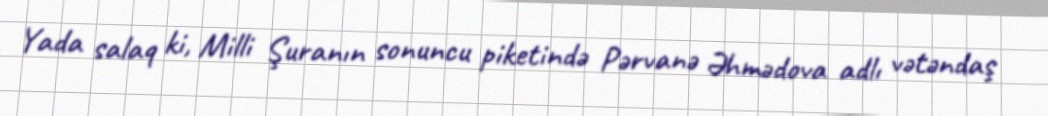
Yada salaq ki, Milli Şuranın sonuncu piketində Pərvanə Əhmədova adlı vətəndaş